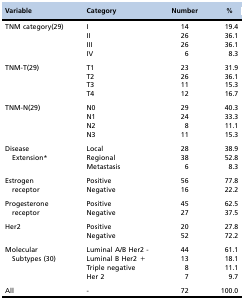
<table><thead><tr><td><b>Variable</b></td><td><b>Category</b></td><td><b>Number</b></td><td><b>%</b></td></tr></thead><tbody><tr><td>TNM category(29)</td><td>I</td><td>14</td><td>19.4</td></tr><tr><td></td><td>II</td><td>26</td><td>36.1</td></tr><tr><td></td><td>III</td><td>26</td><td>36.1</td></tr><tr><td></td><td>IV</td><td>6</td><td>8.3</td></tr><tr><td>TNM-T(29)</td><td>T1</td><td>23</td><td>31.9</td></tr><tr><td></td><td>T2</td><td>26</td><td>36.1</td></tr><tr><td></td><td>T3</td><td>11</td><td>15.3</td></tr><tr><td></td><td>T4</td><td>12</td><td>16.7</td></tr><tr><td>TNM-N(29)</td><td>N0</td><td>29</td><td>40.3</td></tr><tr><td></td><td>N1</td><td>24</td><td>33.3</td></tr><tr><td></td><td>N2</td><td>8</td><td>11.1</td></tr><tr><td></td><td>N3</td><td>11</td><td>15.3</td></tr><tr><td>Disease</td><td>Local</td><td>28</td><td>38.9</td></tr><tr><td> Extension*</td><td>Regional</td><td>38</td><td>52.8</td></tr><tr><td></td><td>Metastasis</td><td>6</td><td>8.3</td></tr><tr><td>Estrogen</td><td>Positive</td><td>56</td><td>77.8</td></tr><tr><td> receptor</td><td>Negative</td><td>16</td><td>22.2</td></tr><tr><td>Progesterone</td><td>Positive</td><td>45</td><td>62.5</td></tr><tr><td> receptor</td><td>Negative</td><td>27</td><td>37.5</td></tr><tr><td>Her2</td><td>Positive</td><td>20</td><td>27.8</td></tr><tr><td></td><td>Negative</td><td>52</td><td>72.2</td></tr><tr><td>Molecular</td><td>Luminal A/B Her2 -</td><td>44</td><td>61.1</td></tr><tr><td> Subtypes (30)</td><td>Luminal B Her2 +</td><td>13</td><td>18.1</td></tr><tr><td></td><td>Triple negative</td><td>8</td><td>11.1</td></tr><tr><td></td><td>Her 2</td><td>7</td><td>9.7</td></tr><tr><td>All</td><td>-</td><td>72</td><td>100.0</td></tr></tbody></table>